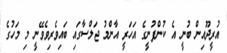
އުރީދޫއިން ބުނީ އެ ކުންފުނީގެ އަހަރީ އާންމު ޖަލްސާގައި ބައިވެރިވެވޭނީ މި މަހުގެ